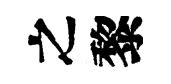
之黎